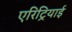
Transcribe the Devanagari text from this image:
एरिट्रियाई